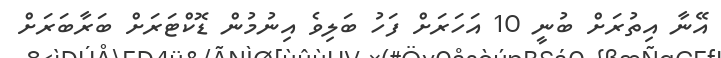
އޭނާ އިތުރަށް ބުނީ 10 އަހަރަށް ފަހު ބަލިވެ އިނުމުން ޑޮކްޓަރަށް ބަރާބަރަށް